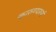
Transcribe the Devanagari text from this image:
कारुण्यरूपं